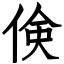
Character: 倹